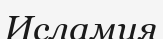
Исламия